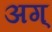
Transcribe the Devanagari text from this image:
अग्